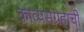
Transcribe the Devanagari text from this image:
काव्यसंग्रहाची